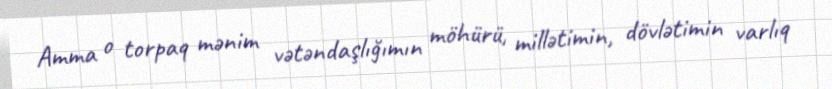
Amma o torpaq mənim vətəndaşlığımın möhürü, millətimin, dövlətimin varlıq